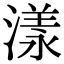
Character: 漾